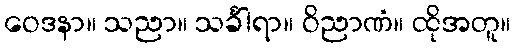
ဝေဒနာ။ သညာ။ သင်္ခါရာ။ ဝိညာဏံ။ ထိုအတူ။